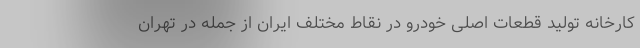
کارخانه تولید قطعات اصلی خودرو در نقاط مختلف ایران از جمله در تهران